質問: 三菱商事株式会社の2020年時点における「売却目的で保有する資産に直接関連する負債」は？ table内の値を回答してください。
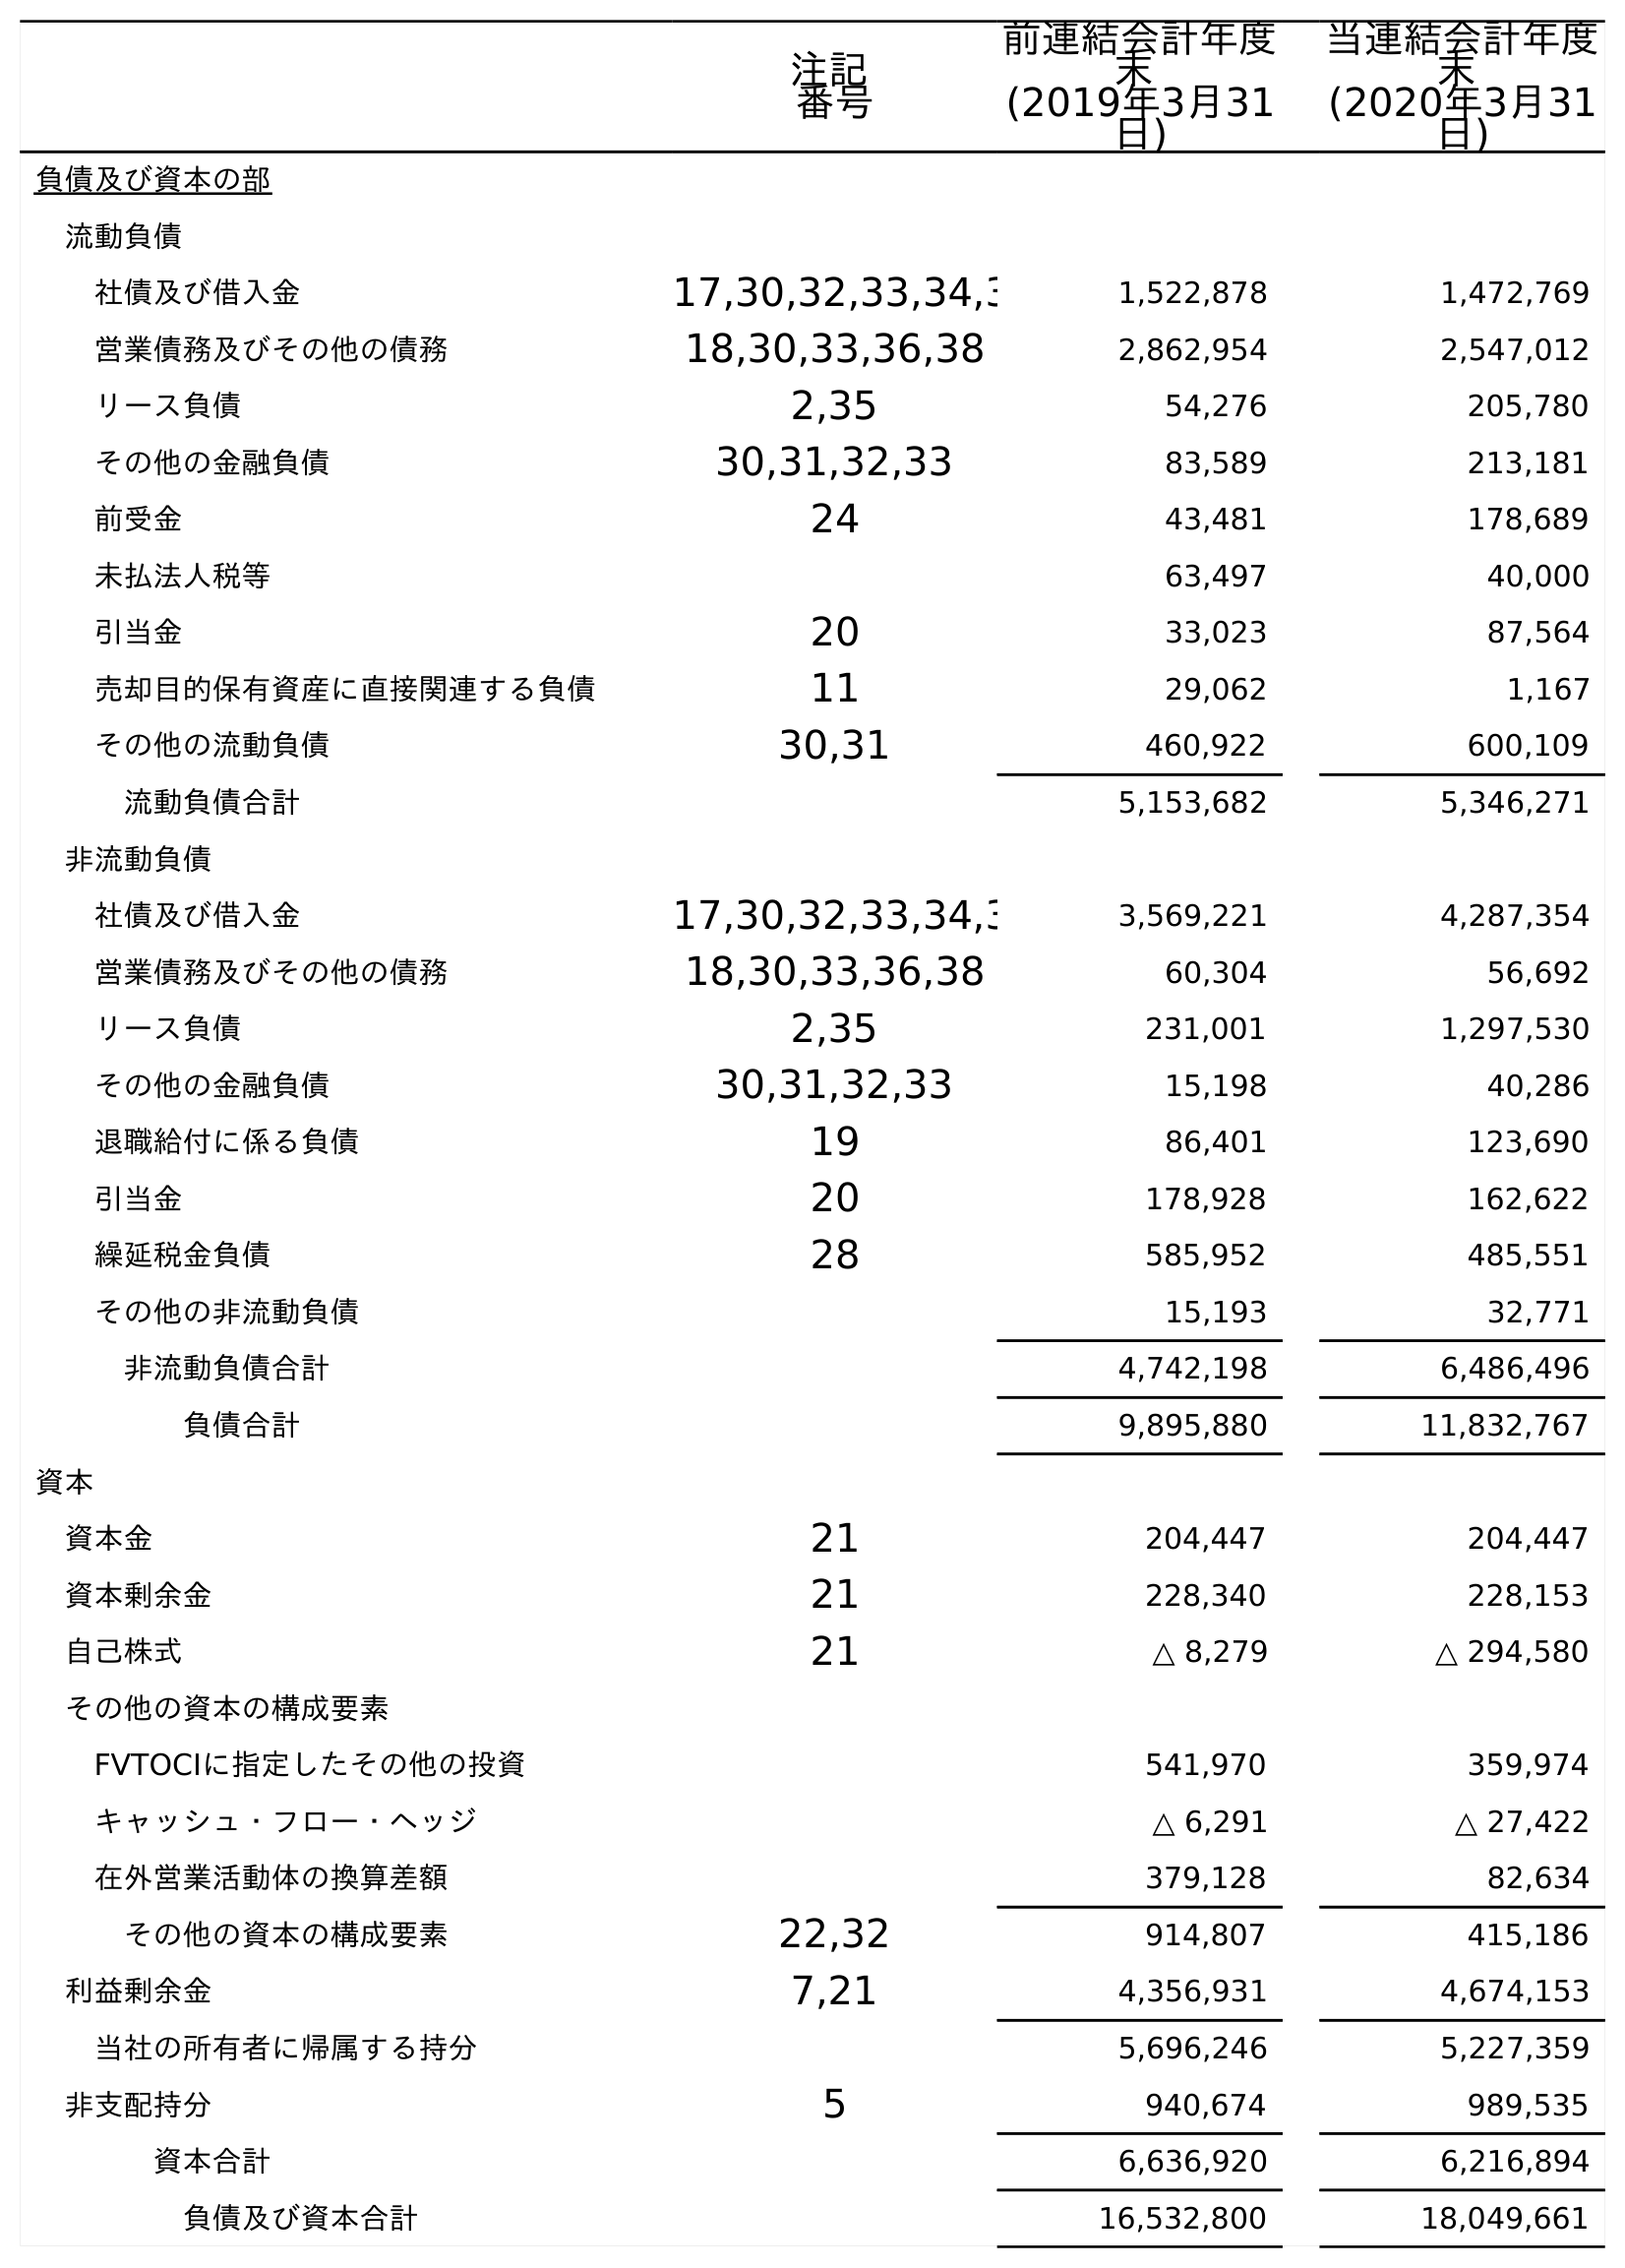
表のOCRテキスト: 注記 番号 前連結会計年度 末 (2019年3月31 日) 当連結会計年度 末 (2020年3月31 日) 負債及び資本の部 流動負債 社債及び借入金 17,30,32,33,34,3 1,522,878 1,472,769 営業債務及びその他の債務 18,30,33,36,38 2,862,954 2,547,012 リース負債 2,35 54,276 205,780 その他の金融負債 30,31,32,33 83,589 213,181 前受金 24 43,481 178,689 未払法人税等 63,497 40,000 引当金 20 33,023 87,564 売却目的保有資産に直接関連する負債 11 29,062 1,167 その他の流動負債 30,31 460,922 600,109 流動負債合計 5,153,682 5,346,271 非流動負債 社債及び借入金 17,30,32,33,34,3 3,569,221 4,287,354 営業債務及びその他の債務 18,30,33,36,38 60,304 56,692 リース負債 2,35 231,001 1,297,530 その他の金融負債 30,31,32,33 15,198 40,286 退職給付に係る負債 19 86,401 123,690 引当金 20 178,928 162,622 繰延税金負債 28 585,952 485,551 その他の非流動負債 15,193 32,771 非流動負債合計 4,742,198 6,486,496 負債合計 9,895,880 11,832,767 資本 資本金 21 204,447 204,447 資本剰余金 21 228,340 228,153 自己株式 21 △ 8,279 △ 294,580 その他の資本の構成要素 FVTOCIに指定したその他の投資 541,970 359,974 キャッシュ・フロー・ヘッジ △ 6,291 △ 27,422 在外営業活動体の換算差額 379,128 82,634 その他の資本の構成要素 22,32 914,807 415,186 利益剰余金 7,21 4,356,931 4,674,153 当社の所有者に帰属する持分 5,696,246 5,227,359 非支配持分 5 940,674 989,535 資本合計 6,636,920 6,216,894 負債及び資本合計 16,532,800 18,049,661
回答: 1,167